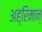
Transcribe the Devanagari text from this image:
अह्रिमान्